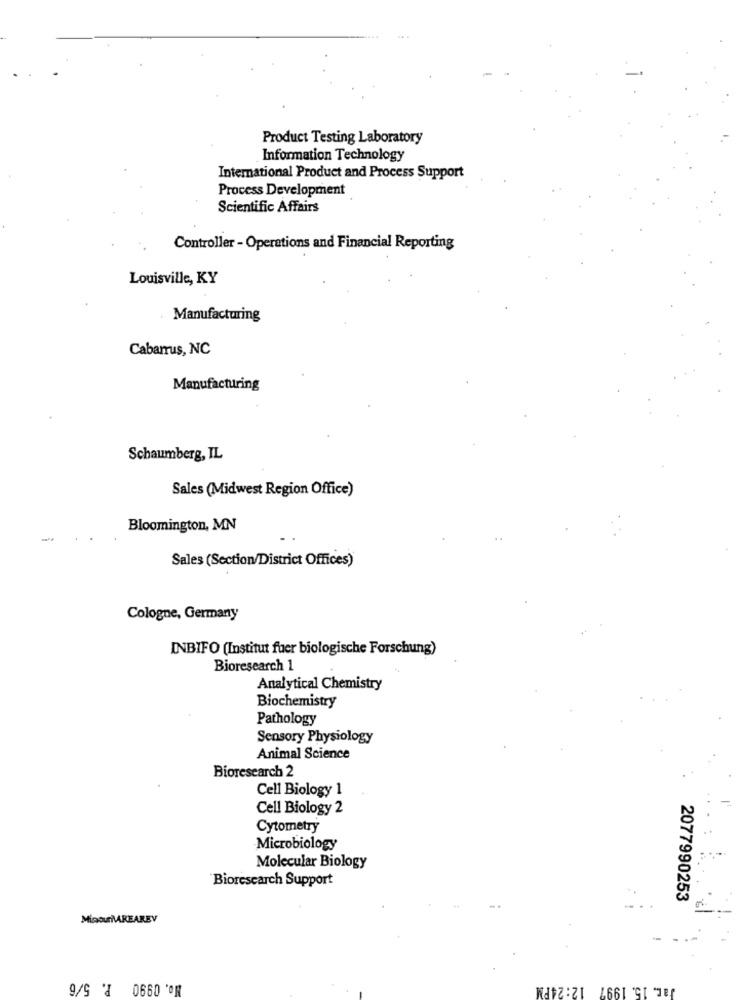
Product Testing Laboratory
Information Technology
International Product and Process Support
Process Development
Scientific Affairs
Controller - Operations and Financial Reporting
Louisville, KY
Manufacturing
Cabarrus, NC
Manufacturing
Schaumberg, IL
Sales (Midwest Region Office)
Bloomington, MN
Sales (Section/District Offices)
Cologne, Germany
INBIFO (Institut fuer biologische Forschung)
Bioresearch 1
Analytical Chemistry
Biochemistry
Pathology
Sensory Physiology
Animal Science
Bioresearch 2
Cell Biology 1
Cell Biology 2
Cytometry
Microbiology
Molecular Biology
Bioresearch Support
2077990253
MicourMAREAREV
No. 0990 P. 5/6
Jac. 15. 1997 12:24PM